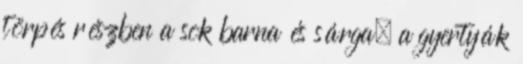
törpés részben a sok barna és sárga, a gyertyák